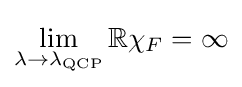
\lim _{\lambda \to \lambda _{\mathrm {QCP} }}\mathbb {Re} \chi _{F}=\infty